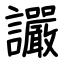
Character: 讝